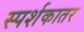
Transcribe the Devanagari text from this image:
स्पर्शकातर